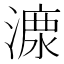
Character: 𣼟